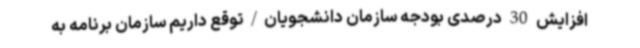
افزایش 30 درصدی بودجه سازمان دانشجویان/توقع داریم سازمان برنامه به